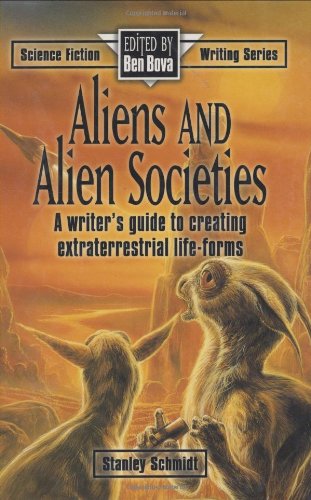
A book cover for Aliens and Alien Societies (Science Fiction Writing Series); Stanley Schmidt; Science Fiction & Fantasy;